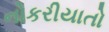
નોકરીયાતો